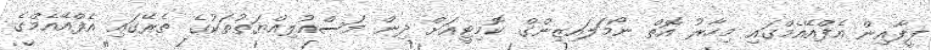
ފީފާއިން އެފްއޭއެމްގައި މިހާރު އޮތް ނޯމަލައިޒިންގް ކޮމިޓީއަށް ދިން މަސްއުލިއްޔަތުތަކުގެ ތެރޭގައި އެފްއޭއެމްގެ